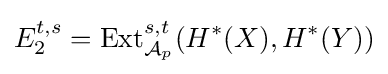
E_{2}^{t,s}={\text{Ext}}_{{\mathcal {A}}_{p}}^{s,t}(H^{*}(X),H^{*}(Y))